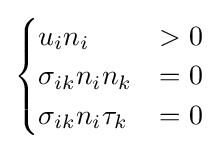
{\begin{cases}u_{i}n_{i}&>0\\\sigma _{ik}n_{i}n_{k}&=0\\\sigma _{ik}n_{i}\tau _{k}&=0\end{cases}}